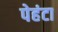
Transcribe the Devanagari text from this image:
पेहंटा